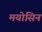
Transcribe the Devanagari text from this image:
मयोसिन